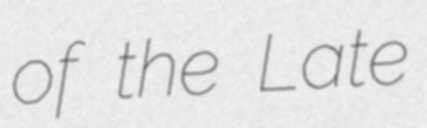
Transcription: of the Late